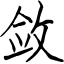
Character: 敛